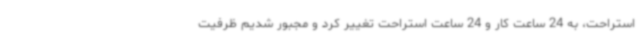
استراحت، به 24 ساعت کار و 24 ساعت استراحت تغییر کرد و مجبور شدیم ظرفیت